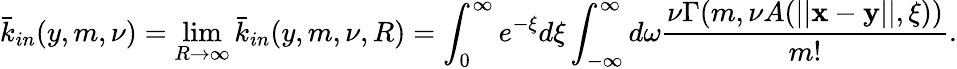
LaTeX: \bar{k}_{in}(y,m,\nu)=\operatorname*{lim}_{R\to\infty}\bar{k}_{in}(y,m,\nu,R)=\int_{0}^{\infty}e^{-\xi}d\xi\int_{-\infty}^{\infty}d\omega\frac{\nu\Gamma(m,\nu A(||\mathbf x-\mathbf y||,\xi))}{m!}.